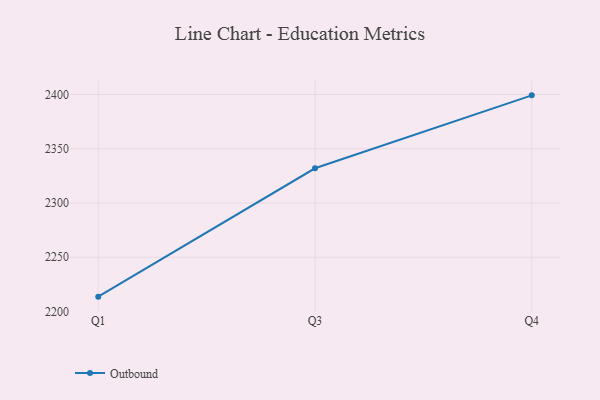
{"axis": {"x": "Quarter", "y": "Page Views"}, "legend": ["Outbound"], "data": [{"x": "Q1", "y": 2213.7, "type": "Outbound"}, {"x": "Q3", "y": 2332.0, "type": "Outbound"}, {"x": "Q4", "y": 2399.2, "type": "Outbound"}]}